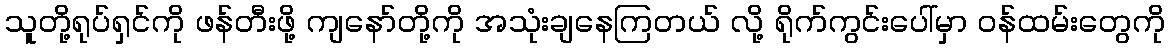
သူတို့ရုပ်ရှင်ကို ဖန်တီးဖို့ ကျနော်တို့ကို အသုံးချနေကြတယ် လို့ ရိုက်ကွင်းပေါ်မှာ ဝန်ထမ်းတွေကို